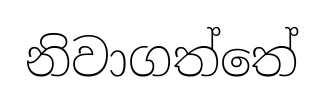
නිවාගත්තේ